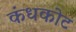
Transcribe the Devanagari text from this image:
कंधकोट